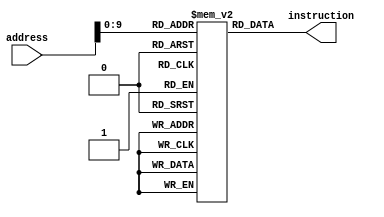
/////////////////////////////////////////////
// Advanced Computer Architecture (CO502)  //
// Design : Instruction Memory             // 
// Group  : 2                              //
/////////////////////////////////////////////

module InstructionMemory(
    input wire [31:0] address,      // Input address for instruction fetch
    output wire [31:0] instruction  // Output instruction
);

// Define an array of 32-bit instructions
reg [31:0] memory [0:1023]; // Change the size based on your memory requirements

// Initialize the memory with program instructions
initial begin
    // Load program instructions into the memory
    memory[0]  <= 32'h8C01006F; // RV32IM instruction: LUI x1, 0x6F
    memory[4]  <= 32'h00030313; // RV32IM instruction: ADDI x6, x6, 0x3
end

// Read operation: output the instruction based on the input address
assign instruction = memory[address];
endmodule